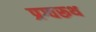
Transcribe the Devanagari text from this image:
प्रग्वरूथ